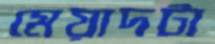
মেয়াদটা